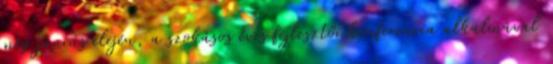
még június elején, a szokásos éves fejlesztői konferencia alkalmával